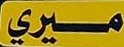
ميري